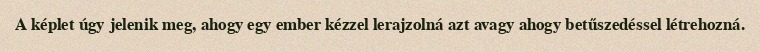
A képlet úgy jelenik meg, ahogy egy ember kézzel lerajzolná azt avagy ahogy betűszedéssel létrehozná.